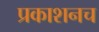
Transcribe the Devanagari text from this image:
प्रकाशनच